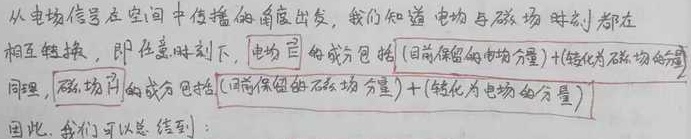
从电场信号在空间中传播的角度出发，我们知道电场与磁场时刻都在相互转换，即任意时刻下，电场的成分包括（目前保留的电场分量） +（转化为磁场的分量）。同理，磁场的成分包括（目前保留的不磁场分量） +（转化为电场的分量）。因此，我们可以总结到：